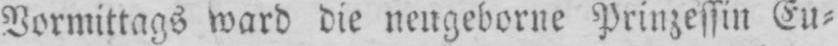
Vormittags ward die neugeborne Prinzessin Eu⸗